Vaccination report Assam 1874-1896 - 1874-1896
Year: 1874
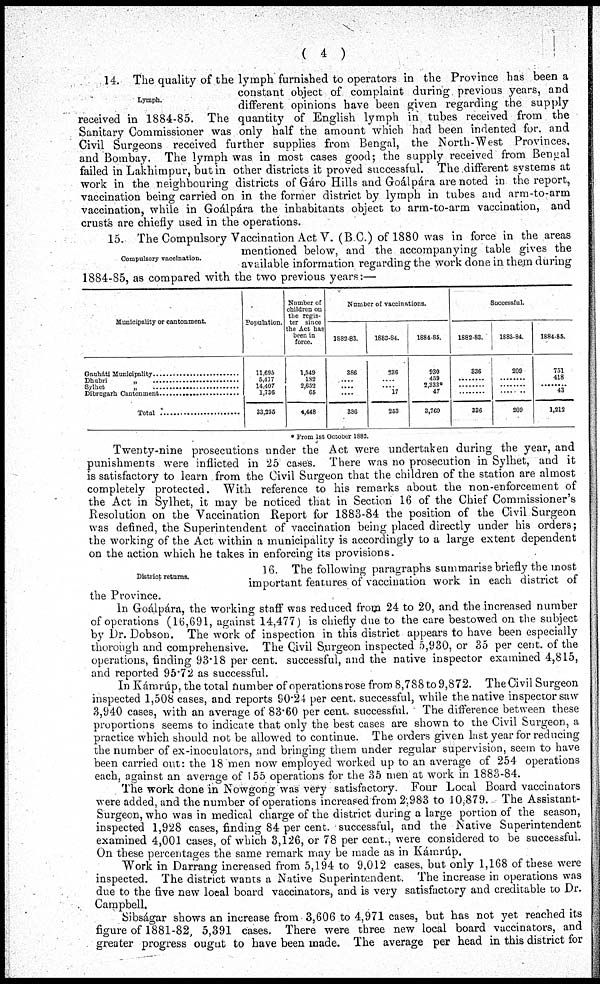
( 4 )
Lymph.
14. The quality of the lymph furnished to operators in the Province has been a
constant object of complaint during previous years, and
different opinions have been given regarding the supply
received in 1884-85. The quantity of English lymph in tubes received from the
Sanitary Commissioner was only half the amount which had been indented for, and
Civil Surgeons received further supplies from Bengal, the North-West Provinces,
and Bombay. The lymph was in most cases good; the supply received from Bengal
failed in Lakhimpur, but in other districts it proved successful. The different systems at
work in the neighbouring districts of Gáro Hills and Goálpára are noted in the report,
vaccination being carried on in the former district by lymph in tubes and arm-to-arm
vaccination, while in Goálpára the inhabitants object to arm-to-arm vaccination, and
crusts are chiefly used in the operations.
Compulsory vaccination.
15. The Compulsory Vaccination Act V. (B C.) of 1880 was in force in the areas
mentioned below, and the accompanying table gives the
available information regarding the work done in them during
1884-85, as compared with the two previous years:—
Municipality or cantonment.
Gauháti Municipality ....................................
Dhubri „ ......................................
Sylhet „ ...................................
Dibrugarh Cantonment ....................
Total .........................
Population.
11,695
5,417
14.407
1,736
33,255
Number of
children on
the regis-
ter since
the Act has
been in
force.
1,549
182
2,652
65
4,448
Number of vaccinations.
1882-83.
386
....
....
3S6
1883-84.
236
.... 17
253
1884-85.
930
459
2,333*
47
8,769
Successful.
1882-83.
836
336
1883-84.
209
209
1884 85.
751
418
43
1,212
* From 1st October 1882.
Twenty-nine prosecutions under the Act were undertaken during the year, and
punishments were inflicted in 25 cases. There was no prosecution in Sylhet, and it
is satisfactory to learn from the Civil Surgeon that the children of the station are almost
completely protected. With reference to his remarks about the non-enforcement of
the Act in Sylhet, it may be noticed that in Section 16 of the Chief Commissioner's
Resolution on the Vaccination Report for 1883-84 the position of the Civil Surgeon
was defined, the Superintendent of vaccination being placed directly under his orders;
the working of the Act within a municipality is accordingly to a large extent dependent
on the action which he takes in enforcing its provisions.
District returns.
16. The following paragraphs summarise briefly the most
important features of vaccination work in each district of
the Province.
In Goálpára, the working staff was reduced from 24 to 20, and the increased number
of operations (16,691, against 14,477) is chiefly due to the care bestowed on the subject
by Dr. Dobson. The work of inspection in this district appears to have been especially
thorough and comprehensive. The Civil Surgeon inspected 5,930, or 35 per cent. of the
operations, finding 93.18 per cent. successful, and the native inspector examined 4,815,
and reported 95.72 as successful.
In Kámrúp, the total number of operations rose from 8,788 to 9,872. The Civil Surgeon
inspected 1,508 cases, and reports 90.24 per cent. successful, while the native inspector saw
3,940 cases, with an average of 83.60 per cent. successful. The difference between these
proportions seems to indicate that only the best cases are shown to the Civil Surgeon, a
practice which should not be allowed to continue. The orders given last year for reducing
the number of ex-inoculators, and bringing them under regular supervision, seem to have
been carried out: the 18 men now employed worked up to an average of 254 operations
each, against an average of 155 operations for the 35 men at work in 1883-84.
The work done in Nowgong was very satisfactory. Four Local Board vaccinators
were added, and the number of operations increased from 2,983 to 10,879. The Assistant-
Surgeon, who was in medical charge of the district during a large portion of the season,
inspected 1,928 cases, finding 84 per cent. successful, and the Native Superintendent
examined 4,001 cases, of which 3,126, or 78 per cent., were considered to be successful.
On these percentages the same remark may be made as in Kámrúp.
Work in Darrang increased from 5,194 to 9,012 cases, but only 1,168 of these were
inspected. The district wants a Native Superintendent. The increase in operations was
due to the five new local board vaccinators, and is very satisfactory and creditable to Dr.
Campbell.
Sibságar shows an increase from 3,606 to 4,971 cases, but has not yet reached its
figure of 1881-82, 5,391 cases. There were three new local board vaccinators, and
greater progress ougut to have been made. The average per head in this district for